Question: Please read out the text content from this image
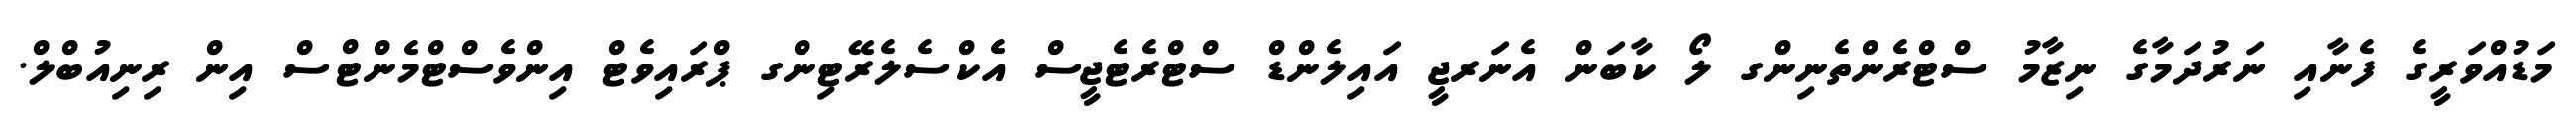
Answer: މަޑުއްވަރީގެ ފެނާއި ނަރުދަމާގެ ނިޒާމު ސްޓްރެންތެނިންގ ލޯ ކާބަން އެނަރޖީ އައިލެންޑް ސްޓްރެޓެޖީސް އެކްސެލެރޭޓިންގ ޕްރައިވެޓް އިންވެސްޓްމެންޓްސް އިން ރިނިއުބްލް.